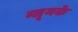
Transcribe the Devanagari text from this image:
ब्लूमके